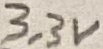
Text: 33V